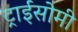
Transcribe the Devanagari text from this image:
ट्राईसोमी